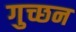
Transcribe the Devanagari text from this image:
गुच्छन